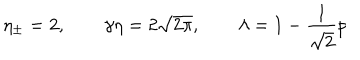
\eta _ { \pm } = 2 , \qquad \gamma \eta = 2 \sqrt { 2 \pi } , \qquad \lambda = 1 - \frac { 1 } { \sqrt { 2 } } p